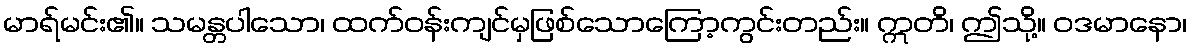
မာရ်မင်း၏။ သမန္တပါသော၊ ထက်ဝန်းကျင်မှဖြစ်သောကြော့ကွင်းတည်း။ ဣတိ၊ ဤသို့။ ဝဒမာနော၊